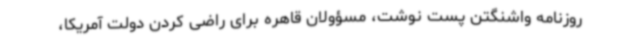
روزنامه واشنگتن پست نوشت، مسؤولان قاهره برای راضی کردن دولت آمریکا،